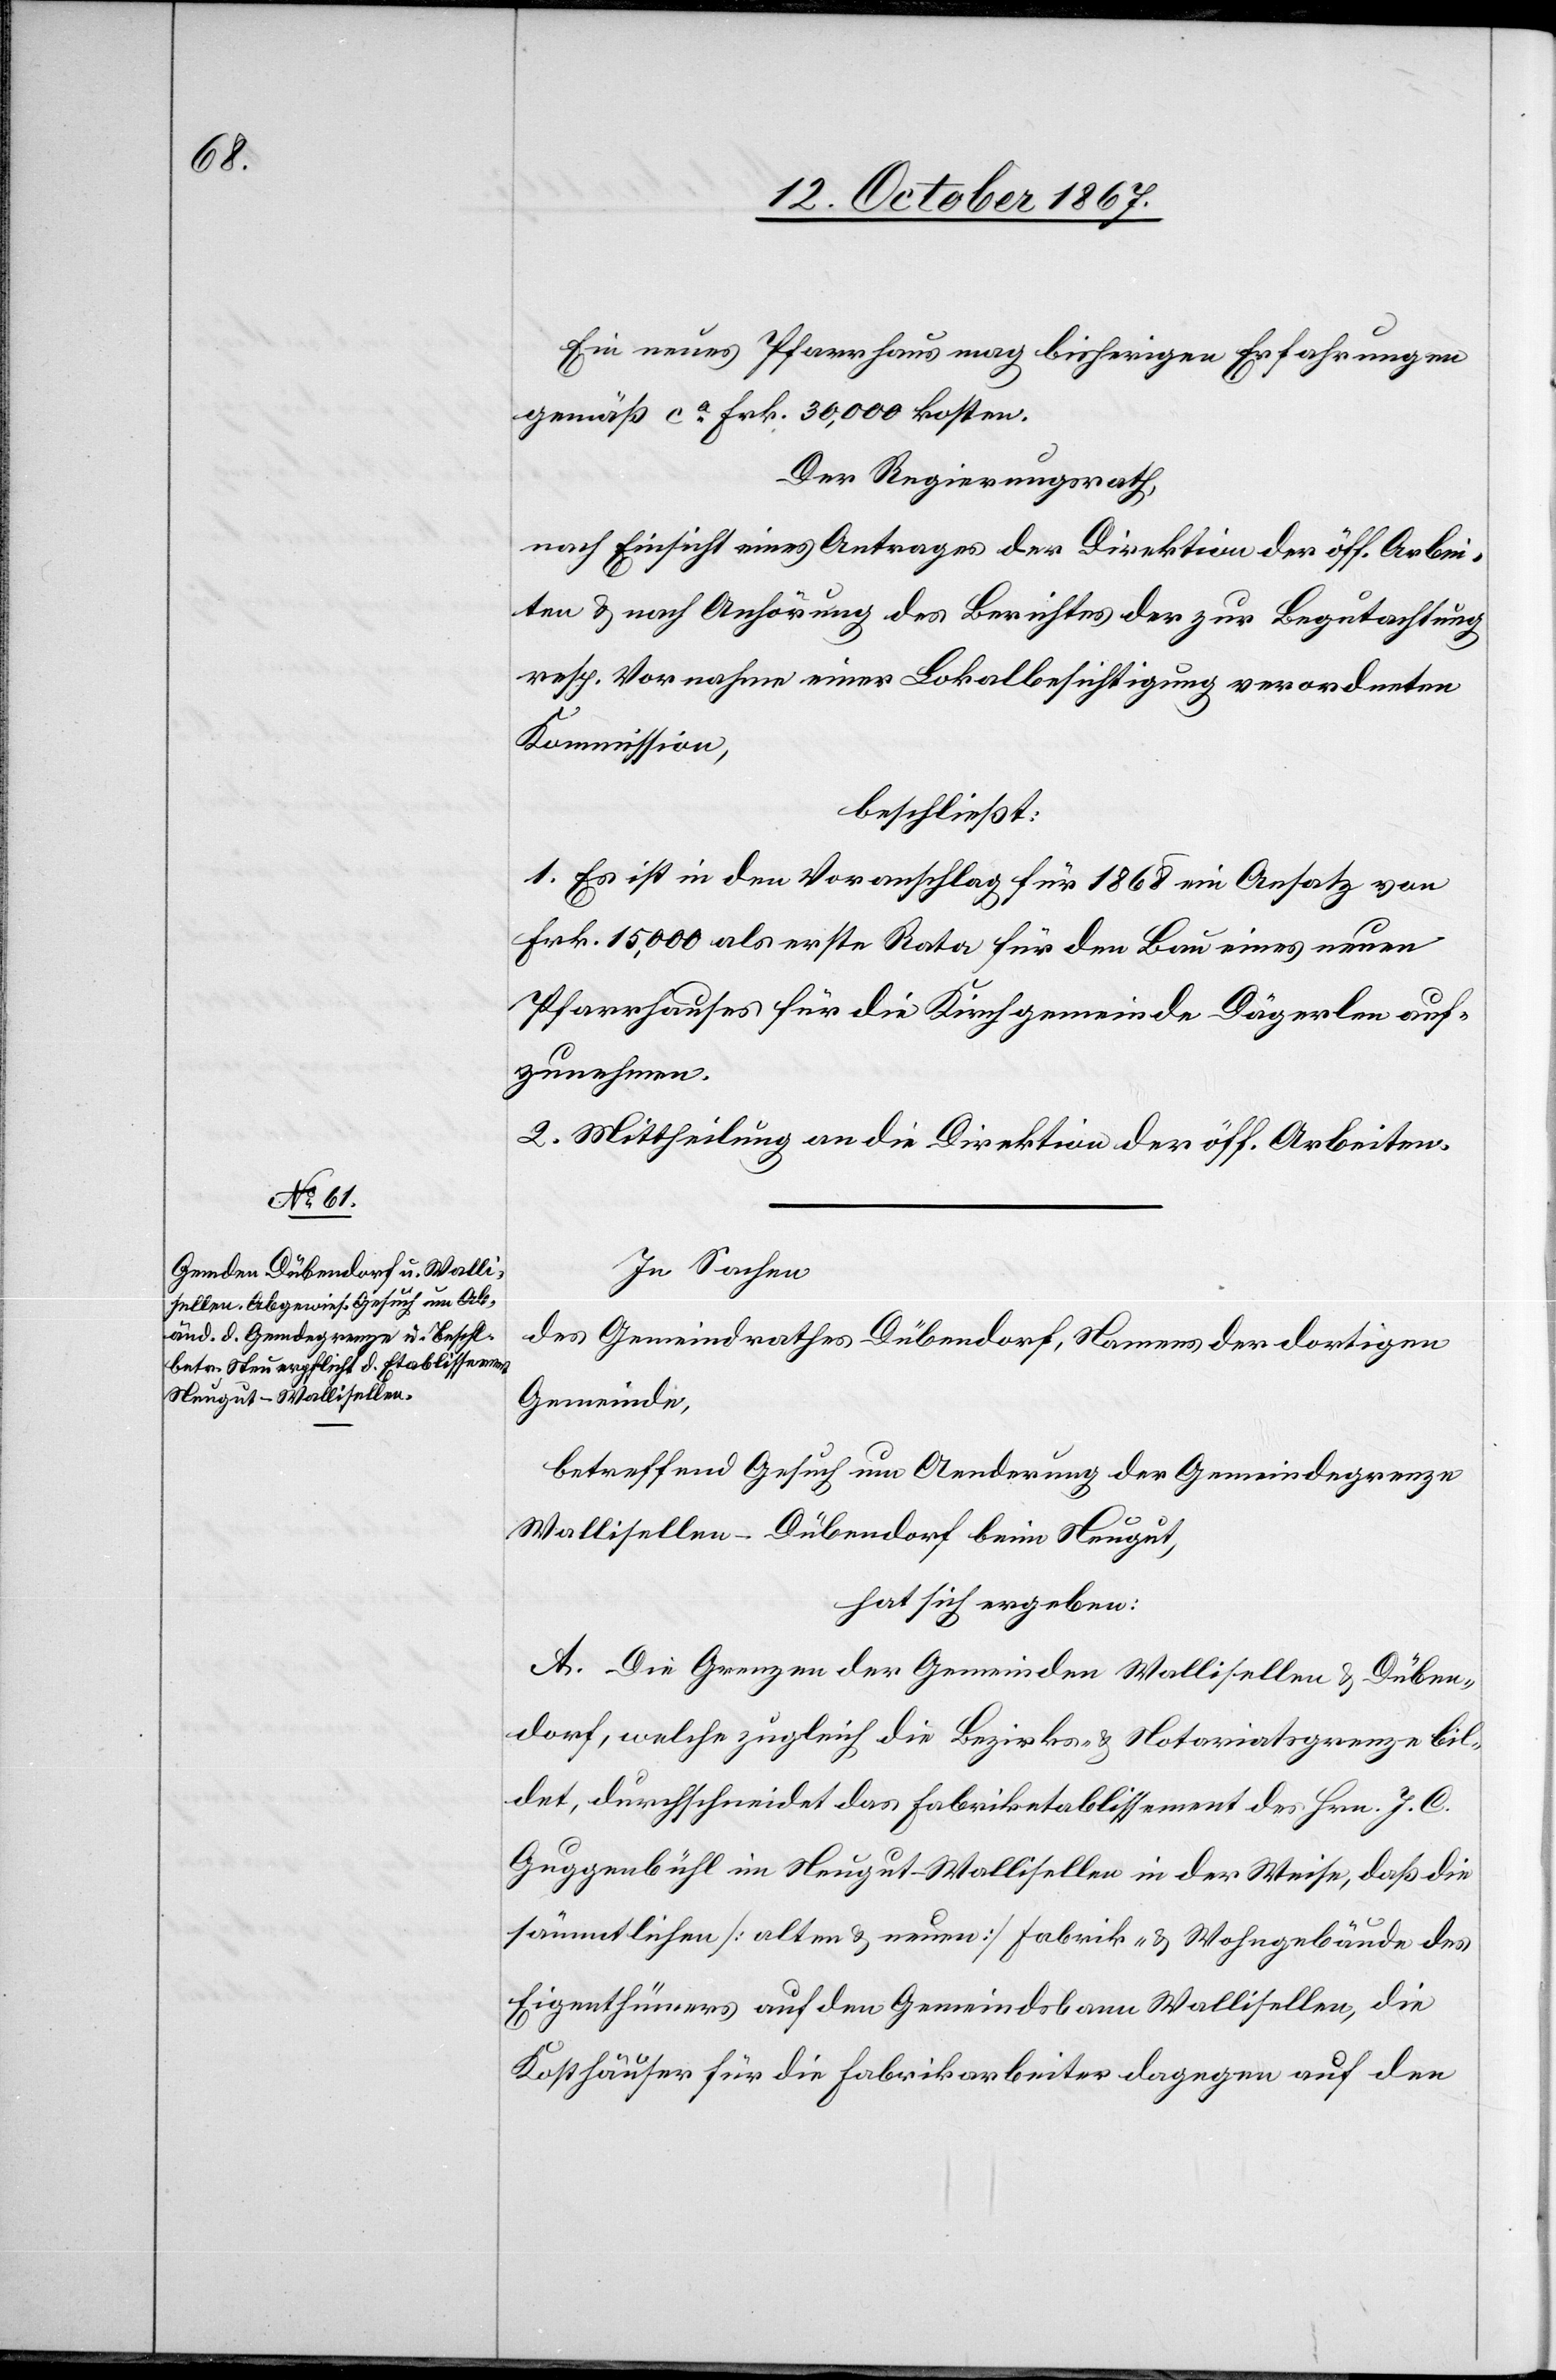
Ein neues Pfarrhaus mag bisherigen Erfahrungen
gemäß ca Frk. 30 000 kosten.
Der Regierungsrath,
nach Einsicht eines Antrages der Direktion der öff. Arbei¬
ten u. nach Anhörung des Berichtes der zur Begutachtung
resp. Vornahme einer Lokalbesichtigung verordneten
Kommission,
beschließt:
1. Es ist in den Voranschlag für 1868 ein Ansatz von
Frk. 15 000 als erste Rata für den Bau eines neuen
Pfarrhauses für die Kirchgemeinde Dägerlen auf¬
zunehmen.
2. Mittheilung an die Direktion der öff. Arbeiten.
In Sachen
des Gemeindrathes Dübendorf, Namens der dortigen
Gemeinde,
betreffend Gesuch um Aenderung der Gemeindegrenze
Wallisellen-Dübendorf beim Neugut,
hat sich ergeben:
A. Die Grenzen der Gemeinden Wallisellen u. Düben¬
dorf, welche zugleich die Bezirks- u. Notariatsgrenze bil¬
det, durchschneidet das Fabriketablissement des Hrn. J. C.
Guggenbühl im Neugut - Wallisellen in der Weise, daß die
sämmtlichen [alten u. neuen] Fabrik- u. Wohngebäude des
Eigenthümers auf den Gemeindsbann Wallisellen, die
Kosthäuser für die Fabrikarbeiter dagegen auf den